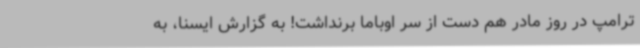
ترامپ در روز مادر هم دست از سر اوباما برنداشت! به گزارش ایسنا، به